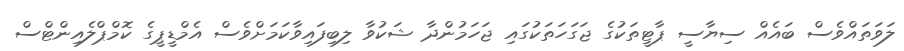
ލަވަތައްވެސް ބައެއް ސިޔާސީ ޕާޓީތަކުގެ ޖަގަހަތަކުގައި ޖަހަމުންދާ ޝަކުވާ ލިބިފައިވާކަމަށްވެސް އެމްޑީޕީގެ ކޮމްޕްލެއިންޓްސް